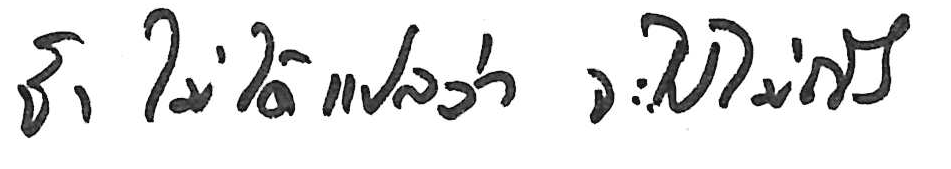
ช้า ไม่ได้แปลว่า จะไปไม่ถึง